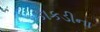
કાકડીના